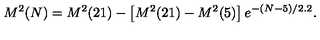
M ^ { 2 } ( N ) = M ^ { 2 } ( 2 1 ) - \left[ M ^ { 2 } ( 2 1 ) - M ^ { 2 } ( 5 ) \right] e ^ { - ( N - 5 ) / 2 . 2 } .